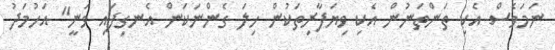
ނަމަވެސް އެކި ތަންތަނުން އެކި ވިޔަފާރިތަކުން ހިލަ ގެންނަކަން އެނގިފައި ވަނީ" އަހުމަދު